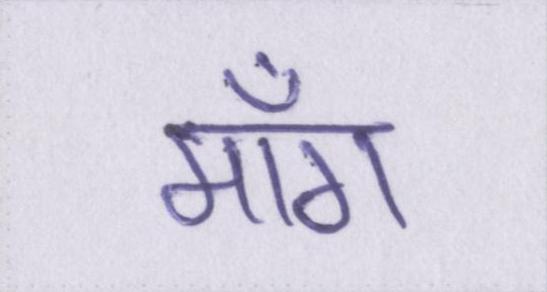
माँग